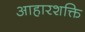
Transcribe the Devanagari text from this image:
आहारशक्ति